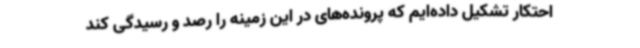
احتکار تشکیل داده‌ایم که پرونده‌های در این زمینه را رصد و رسیدگی کند